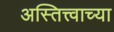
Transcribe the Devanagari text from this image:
अस्तित्त्वाच्या